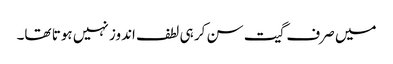
میں صرف گیت سن کر ہی لطف اندوز نہیں ہوتا تھا۔